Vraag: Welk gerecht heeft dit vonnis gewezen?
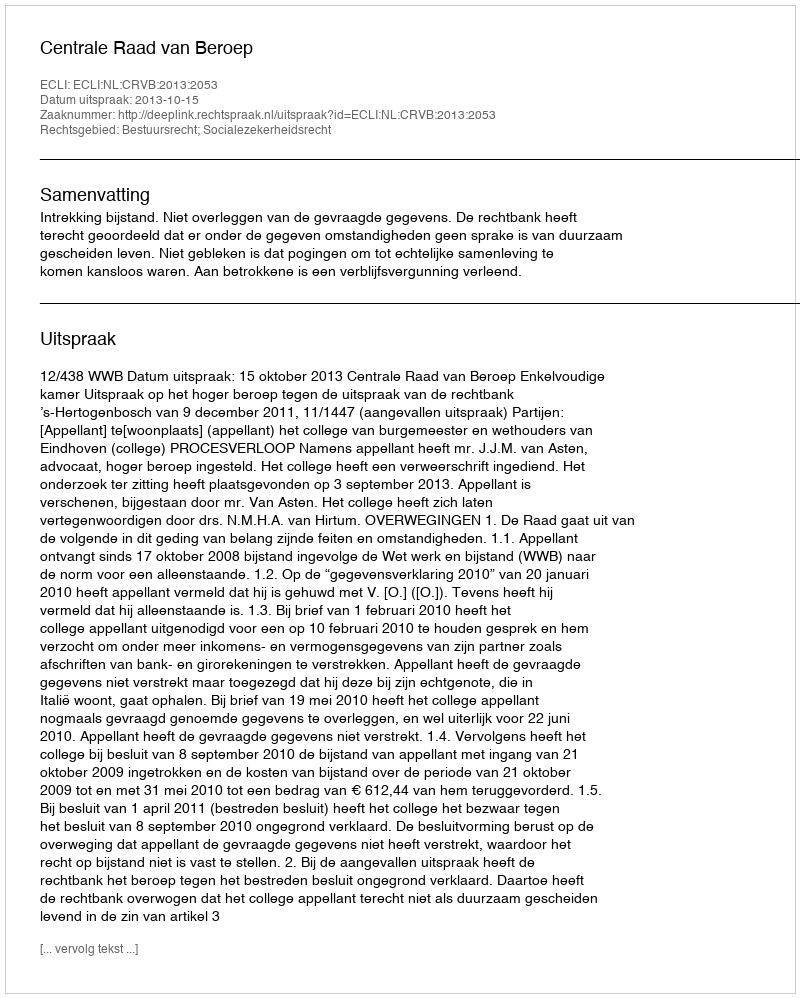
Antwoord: Centrale Raad van Beroep